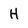
Character: H